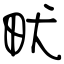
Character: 畎